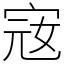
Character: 宼